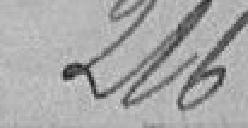
216